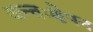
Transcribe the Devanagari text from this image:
अन्तःक्षेपन